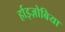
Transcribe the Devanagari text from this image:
र्हाइज़ोबिया